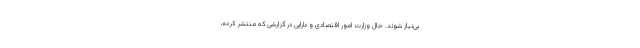
بی‌نیاز شوند. حال وزارت امور اقتصادی و دارایی در گزارشی که منتشر کرده،